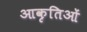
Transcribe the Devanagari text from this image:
आकृतिओं